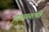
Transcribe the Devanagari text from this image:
दासरुपी